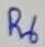
Text: R6